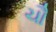
ચૌ